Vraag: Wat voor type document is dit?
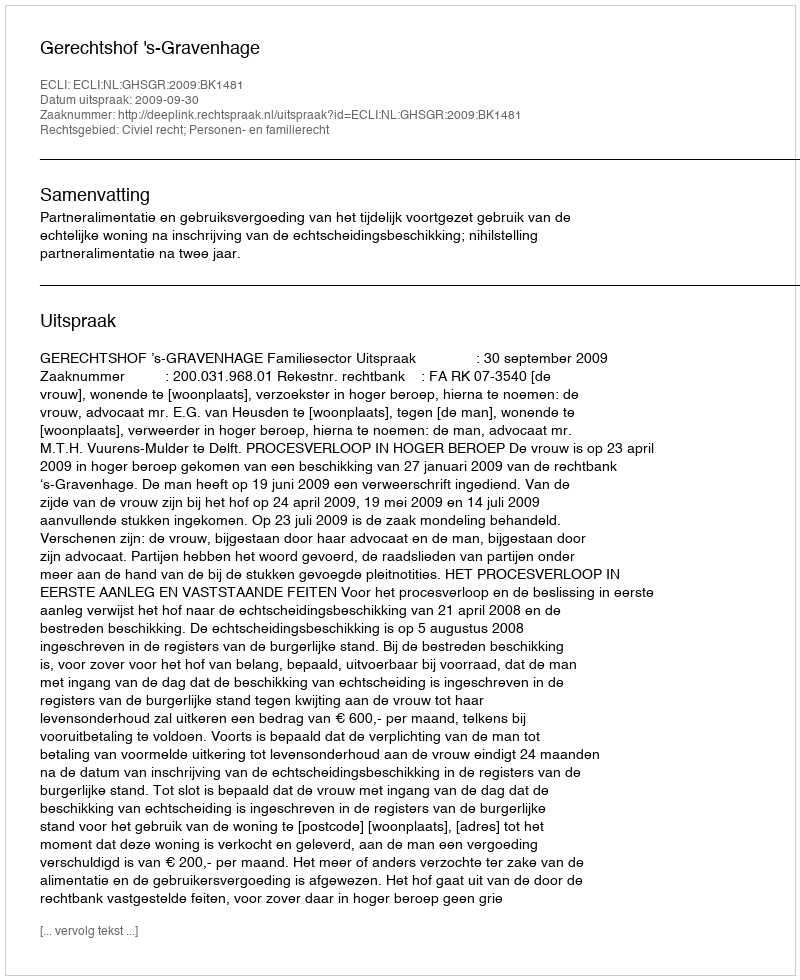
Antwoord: Uitspraak